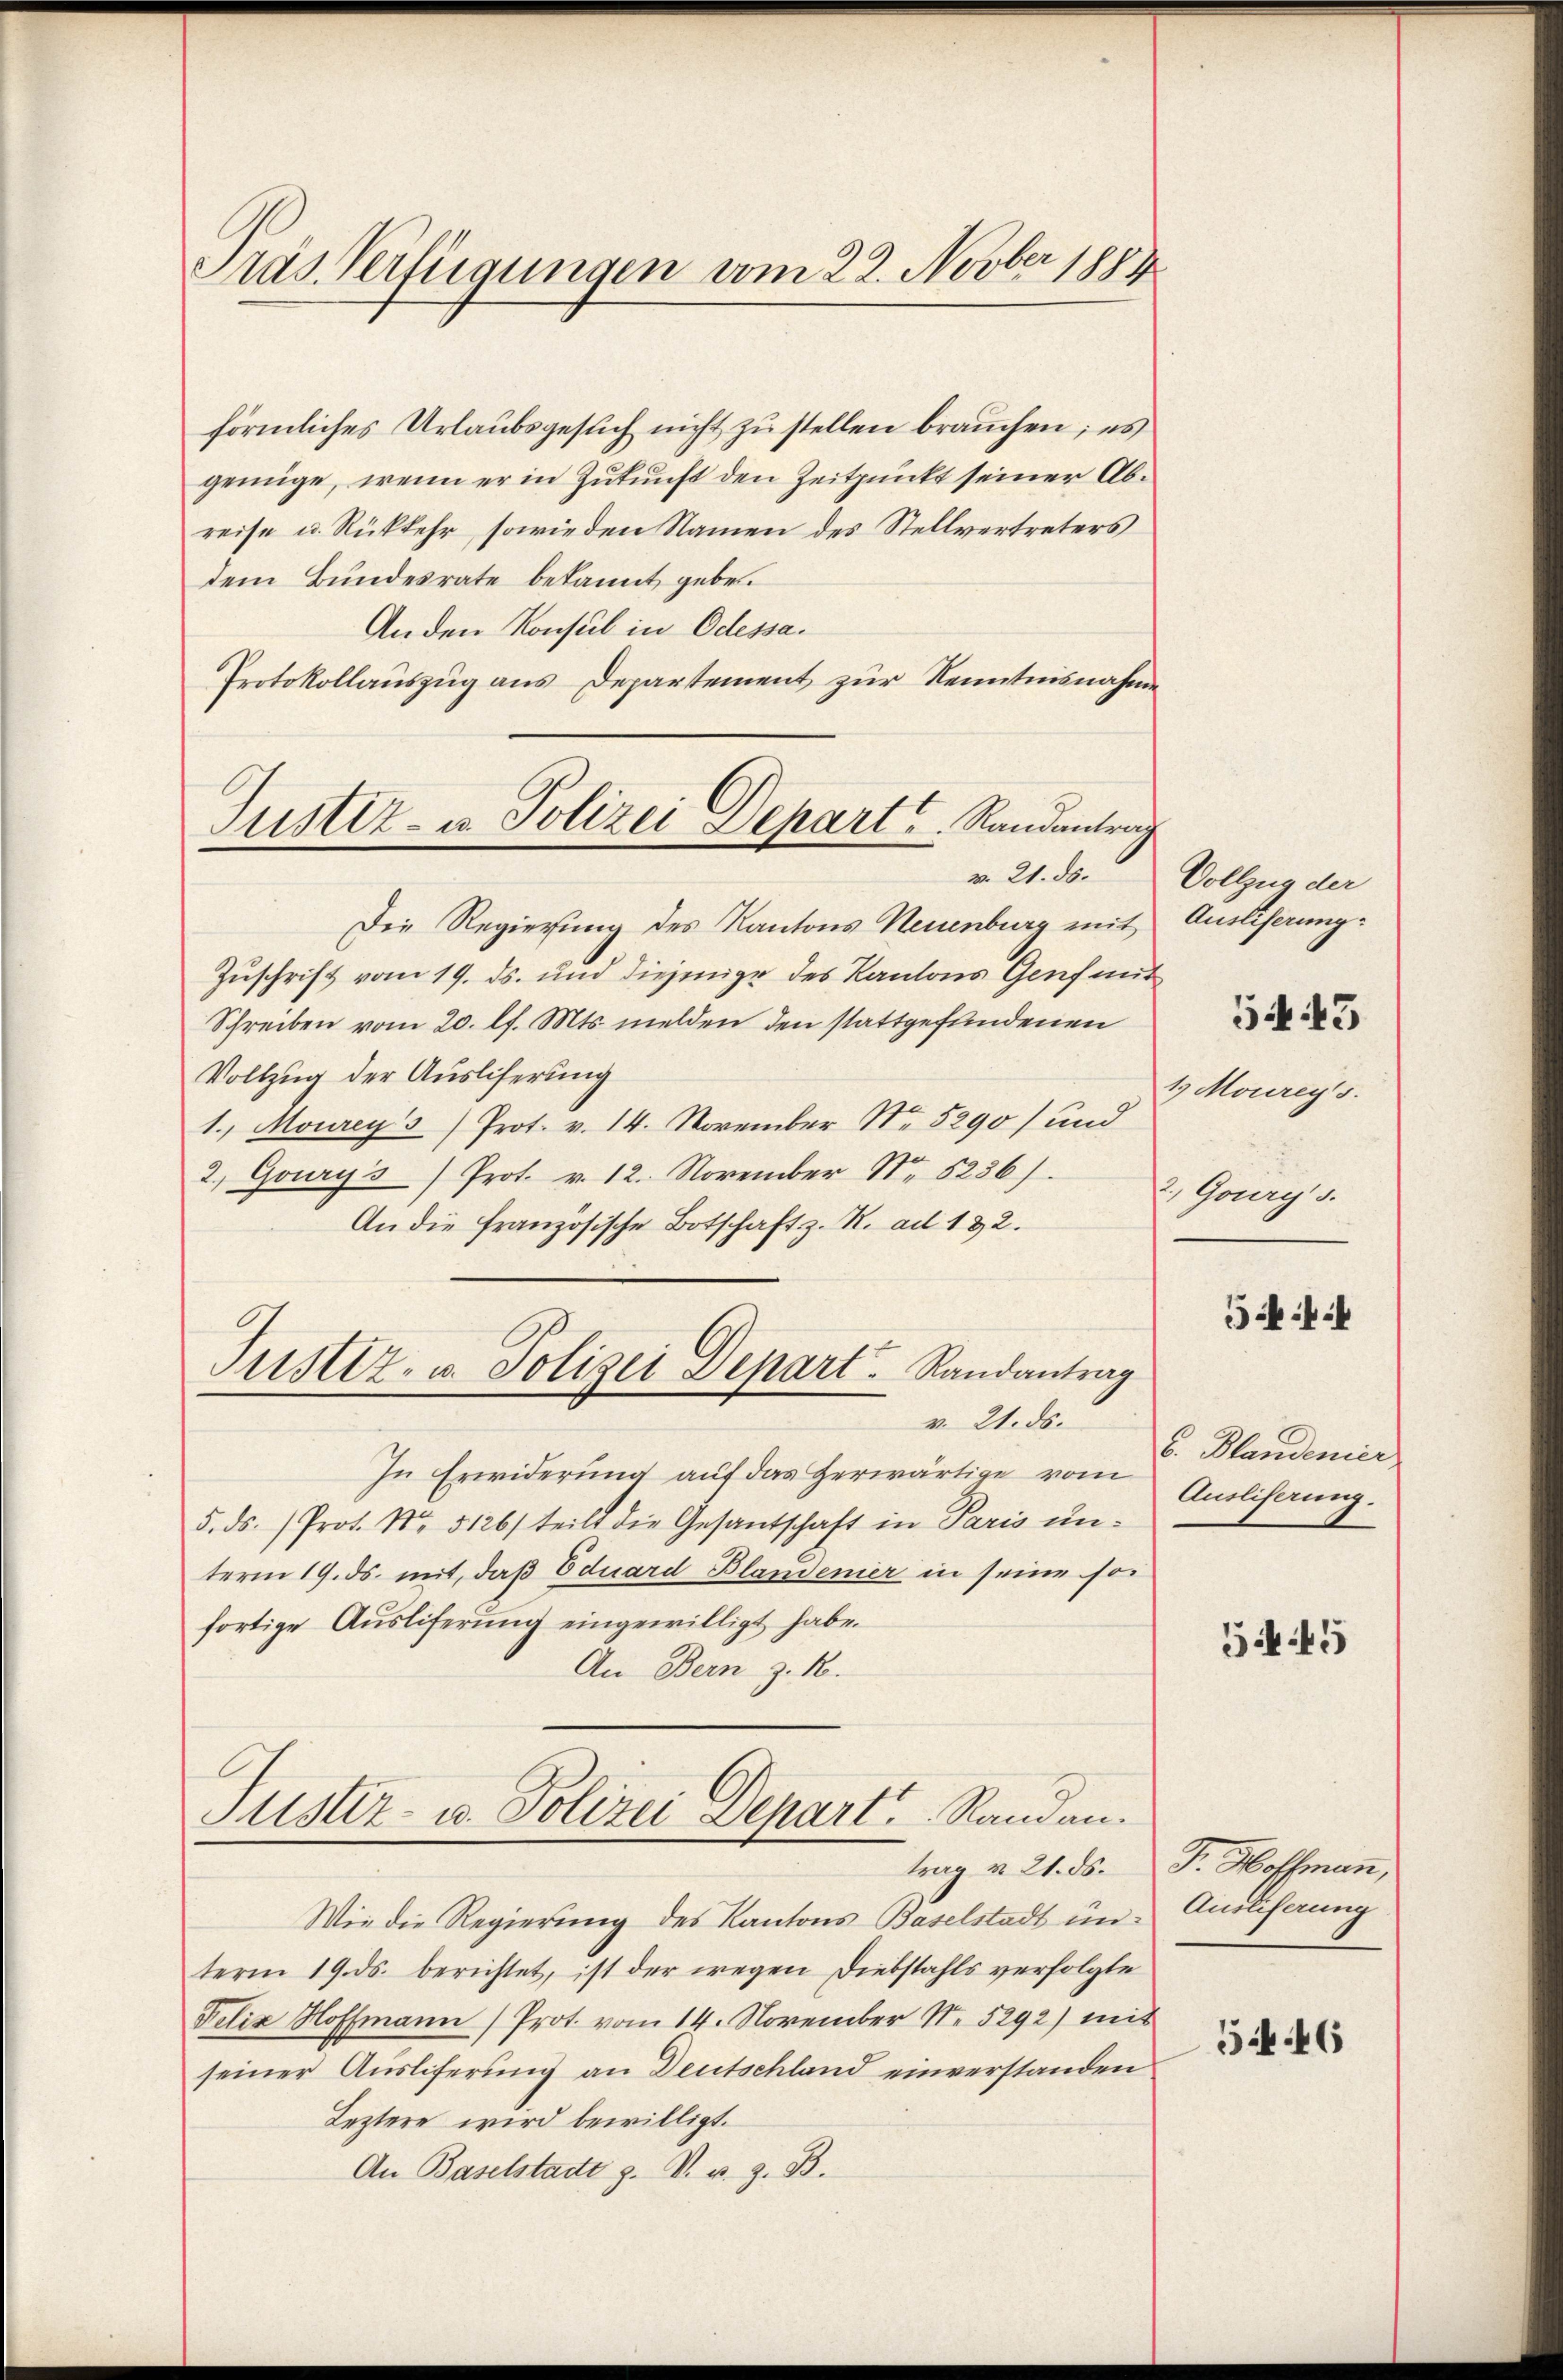
Träs Verfügungen vom 22. Novber 1889.

förmliches Urlaubsgesuch nicht zu stellen brauchen; es
genüge, wenn er in Zukunft den Zeitpunkt seiner Abreise u. Rückkehr, sowie den Namen des Stellvertreters
dem Bundesrate bekannt geben.
Anden Konsul in Odessa.
Protokollauszug aus Departement zur Kenntnisnahme
Die Regierung des Kantons Neuenburg mit
Zuschrift vom 19. ds. und diejenige des Kantons Genf mit
Schreiben vom 20. lf. Mts. melden den stattgefundenen
Vollzug der Ausliferung
1., Mourey's Prot. v. 14. November No. 5290) und
2. Gourys) Prot. v. 12. November Nr. 5236/
An die Französische Botschaft z. R. ad 132.
Justiz- u. Polizei Depart. Randantrag
v. 21. ds.
In Erwiderung auf das Herwärtige vom
5. ds. Prot. No. 5126) teilt die Gesantschaft in Paris un-
term 19. ds. mit, daß Eduard Blandener in seine so
fortige Ausliferung eingewilligt habe.
An Bern z. B.
Justiz- u. Polizei Depart Randan¬
Wie die Regierung des Kantons Baselstadt um Auslieferung
term 19. ds. berichtet, ist der wegen Diebstahls verfolgte
Felix Hoffmann (Prot. vom 14. November Nr. 5292) mit
seiner Ausliferung an Deutschland einverstanden
Leztere wird bewilligt.
An Baselstadt z. V. u. z. B.

Justiz- u. Polizei Depart u. Randantrag
v. 21. ds.

Vollzug der
Ausliferung:

543

1 Moureys.
2, Goury s.

54:

6. Plandenier
Ausliserung.

545

trag v. 21. ds. J. Hoffmann,

5446